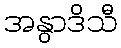
အနွာဒိသီ